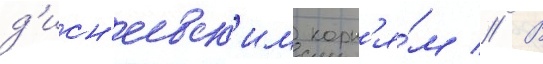
д'исн'еевск'им корн'я́м // В